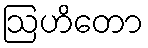
ဩဟိတော